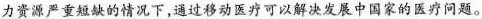
力资源严重短缺的情况下，通过移动医疗可以解决发展中国家的医疗问题。